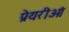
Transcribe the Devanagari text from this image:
प्रेयरीओं